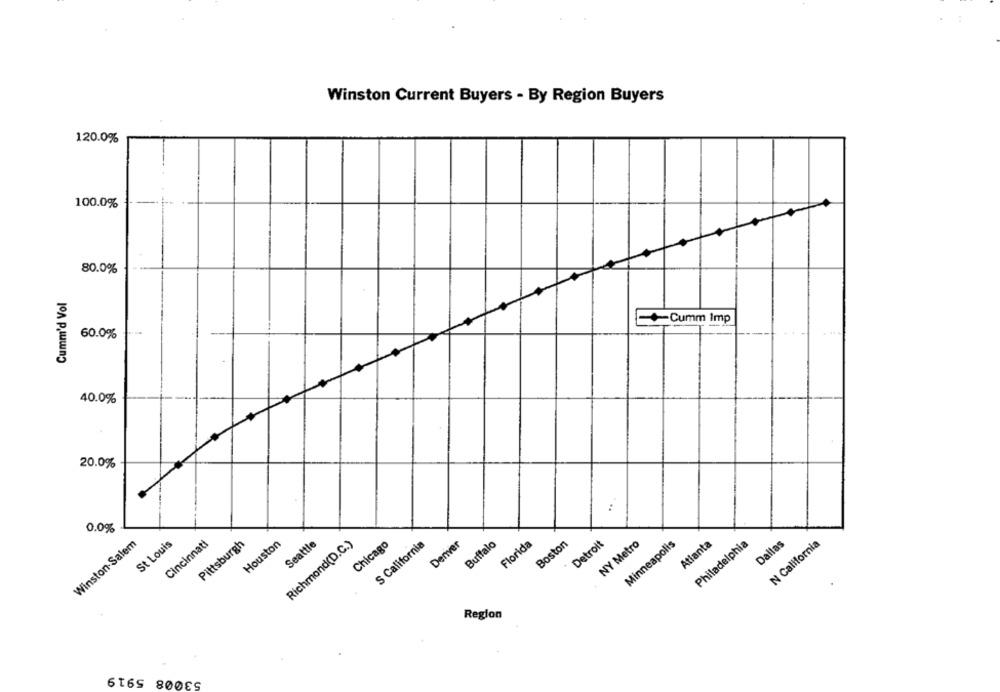
Winston Current Buyers - By Region Buyers
120.0%
100.0%
80.0%
Cumm'd Vol
+Cumm Imp
60.0%
40.0%
20.0%
:
0.0%
Winston-Salem
St Louis
Cincinnati
Pittsburgh
Houston
Richmond(D.C.)
Seattle
S California
Denver
Buffalo
Florida
Boston
Detroit
Atlanta
Philadelphia
Dallas
Chicago
NY Metro
Minneapolis
N California
Region
53008 5919